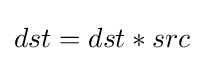
dst=dst*src